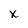
Character: x